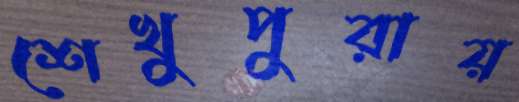
শেখুপুরায়